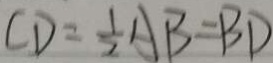
C D = \frac { 1 } { 2 } A B = B D